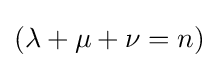
(\lambda +\mu +\nu =n)